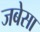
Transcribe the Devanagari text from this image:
जबेसा